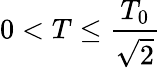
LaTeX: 0<T\leq\frac{T_{0}}{\sqrt{2}}